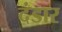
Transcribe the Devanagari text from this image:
दंडार